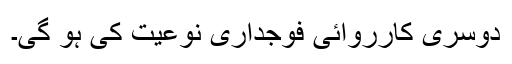
دوسری کارروائی فوجداری نوعیت کی ہو گی۔